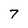
Character: 7